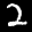
Label: 2